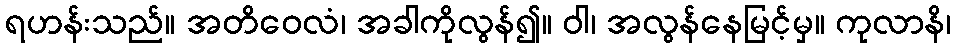
ရဟန်းသည်။ အတိဝေလံ၊ အခါကိုလွန်၍။ ဝါ၊ အလွန်နေမြင့်မှ။ ကုလာနိ၊